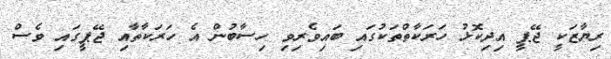
ރިޔާޒަކީ ޖޭޕީ އިދިކޮޅު ހަރަކާތްތަކުގައި ބައިވެރިވި ހިސާބުން އެ ހަރަކާތާއި ޖޭޕީގައި ވެސް